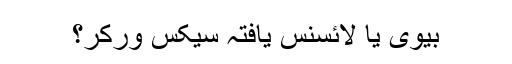
بیوی یا لائسنس یافتہ سیکس ورکر؟